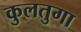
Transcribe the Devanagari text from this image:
कुलतुगा